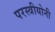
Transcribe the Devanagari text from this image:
परस्त्रीयोनी